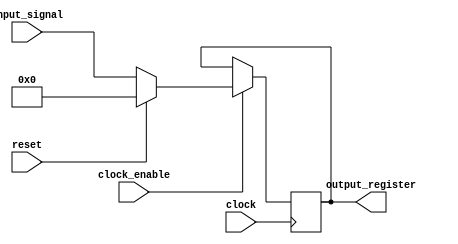
`timescale 1ns / 1ps
/*
//////////////////////////////////////////////////////////////////////////////////
// Company: 
// Engineer: 
// 
// Design Name: 
// Module Name:    Ejercicio3 
// Project Name: 
// Target Devices: 
// Tool versions: 
// Description: 
//
// Dependencies: 
Desarrolle un modelo en Verilog de un registro de 32 bits 
parametrizable con "clock-enable" y reset sncrono.
 El registro debe poder almacenar enteros en complemento a 2.
// Revision: 
// Revision 0.01 - File Created
// Additional Comments: 
//
//////////////////////////////////////////////////////////////////////////////////
*/
module Ejercicio3#(parameter N=32)
(
input wire signed [N-1:0] input_signal,
output reg signed [N-1:0] output_register,
input wire clock_enable,
input wire reset,
input clock
);

always@(posedge clock)
begin
	if(clock_enable)
	begin
		if(reset)
			output_register <= 0;
		else
			output_register <= input_signal;
	end
end


endmodule